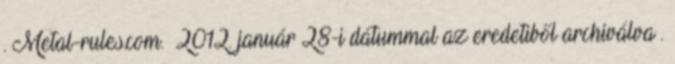
. Metal-rules.com. 2012. január 28-i dátummal az eredetiből archiválva .